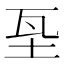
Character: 𡊝